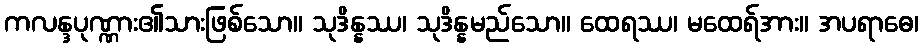
ကလန္ဒပုဏ္ဏား၏သားဖြစ်သော။ သုဒိန္နဿ၊ သုဒိန္နမည်သော။ ထေရဿ၊ မထေရ်အား။ အပရာဓေ၊